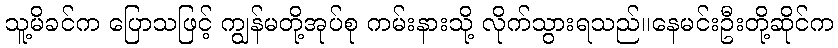
သူ့မိခင်က ပြောသဖြင့် ကျွန်မတို့အုပ်စု ကမ်းနားသို့ လိုက်သွားရသည်။နေမင်းဦးတို့ဆိုင်က